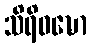
သိရိဝဍ္ဎော